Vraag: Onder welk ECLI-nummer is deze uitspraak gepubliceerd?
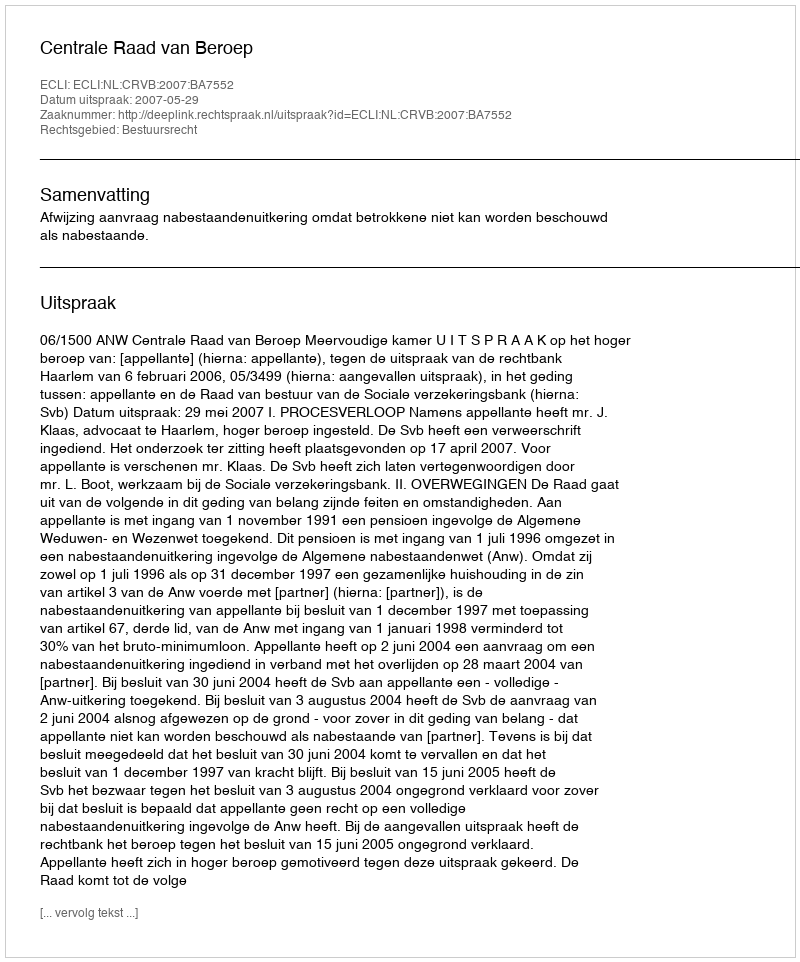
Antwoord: ECLI:NL:CRVB:2007:BA7552